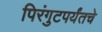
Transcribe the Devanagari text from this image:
पिरंगुटपर्यंतचे